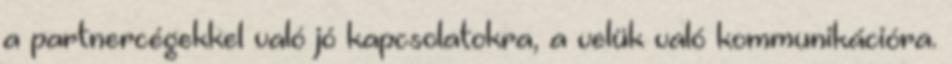
a partnercégekkel való jó kapcsolatokra, a velük való kommunikációra.